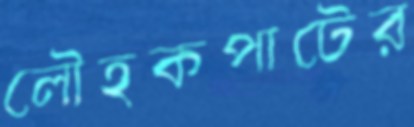
লৌহকপাটের